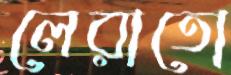
লেরাতো